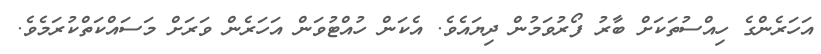
އަހަރެންގެ ހިއްސުތަކަށް ބާރު ފޯރުވަމުން ދިޔައެވެ. އެކަން ހުއްޓުވަން އަހަރެން ވަރަށް މަސައްކަތްކުރަމެވެ.